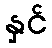
နှင်